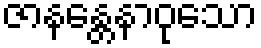
ဇာနန္တေနာဝုသော